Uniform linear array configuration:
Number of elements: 48
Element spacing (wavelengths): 0.75
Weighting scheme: hann
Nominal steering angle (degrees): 0
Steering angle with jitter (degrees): -1.019
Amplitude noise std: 0.05
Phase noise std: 0.05

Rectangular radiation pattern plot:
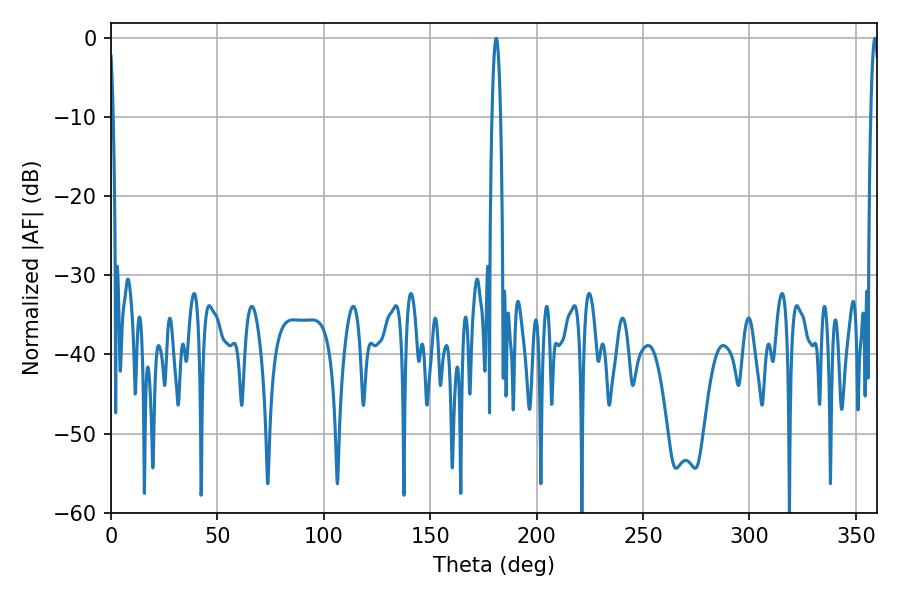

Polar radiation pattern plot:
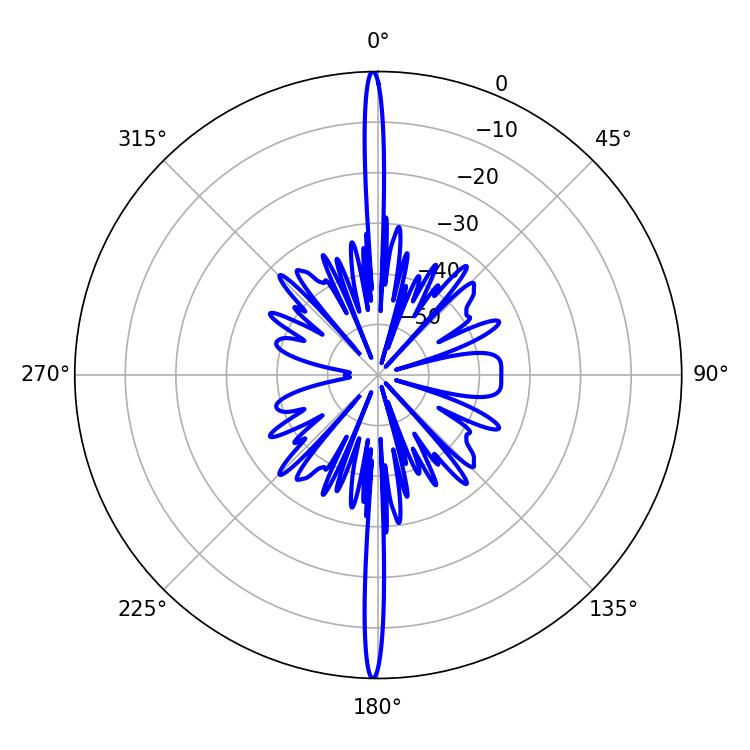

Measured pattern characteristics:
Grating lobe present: TRUE
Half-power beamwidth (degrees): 2.16
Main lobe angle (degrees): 358.92